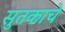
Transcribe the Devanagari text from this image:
सुतकाचे